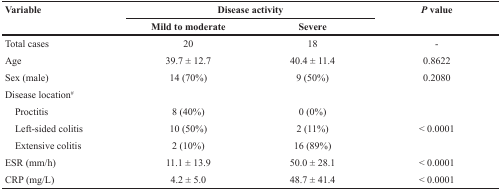
<table><thead><tr><td rowspan="2"><b>Variable</b></td><td colspan="2"><b>Disease activity</b></td><td rowspan="2"><b><i>P</i> value</b></td></tr><tr><td><b>Mild to moderate</b></td><td><b>Severe</b></td></tr></thead><tbody><tr><td>Total cases</td><td>20</td><td>18</td><td>-</td></tr><tr><td>Age</td><td>39.7 ± 12.7</td><td>40.4 ± 11.4</td><td>0.8622</td></tr><tr><td>Sex (male)</td><td>14 (70%)</td><td>9 (50%)</td><td>0.2080</td></tr><tr><td>Disease location<sup>#</sup></td><td></td><td></td><td></td></tr><tr><td> Proctitis</td><td>8 (40%)</td><td>0 (0%)</td><td></td></tr><tr><td> Left-sided colitis</td><td>10 (50%)</td><td>2 (11%)</td><td>&lt; 0.0001</td></tr><tr><td> Extensive colitis</td><td>2 (10%)</td><td>16 (89%)</td><td></td></tr><tr><td>ESR (mm/h)</td><td>11.1 ± 13.9</td><td>50.0 ± 28.1</td><td>&lt; 0.0001</td></tr><tr><td>CRP (mg/L)</td><td>4.2 ± 5.0</td><td>48.7 ± 41.4</td><td>&lt; 0.0001</td></tr></tbody></table>